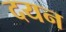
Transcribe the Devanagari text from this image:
दयन